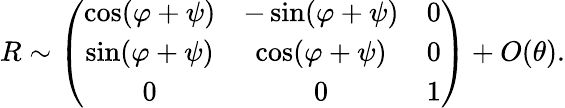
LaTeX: \begin{array}{r}{R\sim\left(\begin{array}{ccc}{\cos(\varphi+\psi)}&{-\sin(\varphi+\psi)}&{0}\\ {\sin(\varphi+\psi)}&{\cos(\varphi+\psi)}&{0}\\ {0}&{0}&{1}\end{array}\right)+O(\theta).}\end{array}